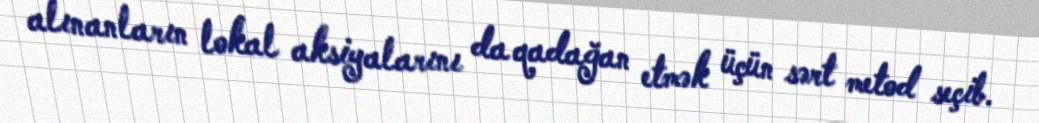
alınanların lokal aksiyalarını da qadağan etmək üçün sərt metod seçib.